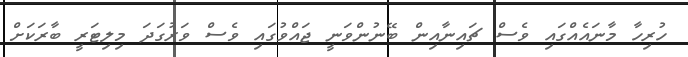
ހުރިހާ މާނައެއްގައި ވެސް ޗައިނާއިން ބޭނުންވަނީ ޖައްވުގައި ވެސް ވަރުގަދަ މިލިޓަރީ ބާރަކަށް